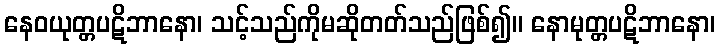
နေဝယုတ္တပဋိဘာနော၊ သင့်သည်ကိုမဆိုတတ်သည်ဖြစ်၍။ နောမုတ္တပဋိဘာနော၊